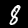
Label: 8